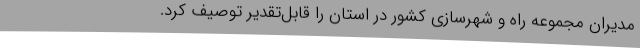
مدیران مجموعه راه و شهرسازی کشور در استان را قابل‌تقدیر توصیف کرد.